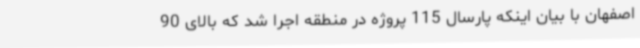
اصفهان با بیان اینکه پارسال 115 پروژه در منطقه اجرا شد که بالای 90